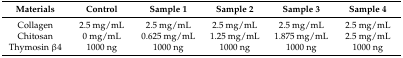
<table><thead><tr><td><b>Materials</b></td><td><b>Control</b></td><td><b>Sample 1</b></td><td><b>Sample 2</b></td><td><b>Sample 3</b></td><td><b>Sample 4</b></td></tr></thead><tbody><tr><td>Collagen</td><td>2.5 mg/mL</td><td>2.5 mg/mL</td><td>2.5 mg/mL</td><td>2.5 mg/mL</td><td>2.5 mg/mL</td></tr><tr><td>Chitosan</td><td>0 mg/mL</td><td>0.625 mg/mL</td><td>1.25 mg/mL</td><td>1.875 mg/mL</td><td>2.5 mg/mL</td></tr><tr><td>Thymosin β4</td><td>1000 ng</td><td>1000 ng</td><td>1000 ng</td><td>1000 ng</td><td>1000 ng</td></tr></tbody></table>